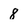
Character: 8